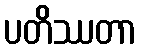
ပတိဿတာ